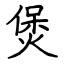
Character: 煲